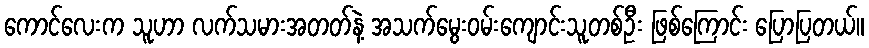
ကောင်လေးက သူဟာ လက်သမားအတတ်နဲ့ အသက်မွေးဝမ်းကျောင်းသူတစ်ဦး ဖြစ်ကြောင်း ပြောပြတယ်။